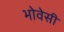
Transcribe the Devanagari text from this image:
भोवेसी